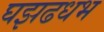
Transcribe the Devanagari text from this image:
घझढधभ